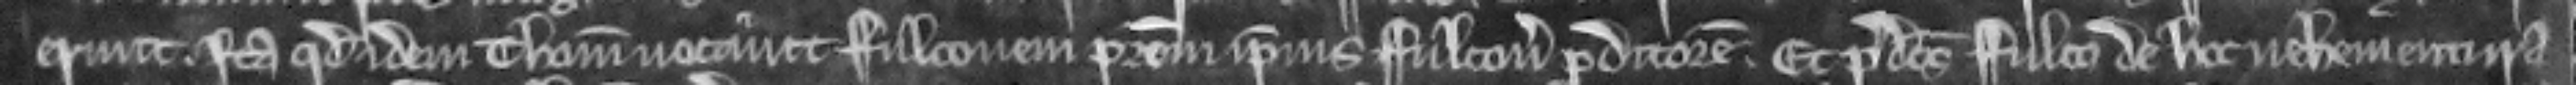
erunt. ita quod idem Thomas vocavit Fulconem patrem ipsius Fulconis proditorem. Et predictus Fulco de hoc vehementi ira